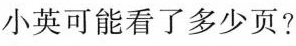
小英可能看了多少页?